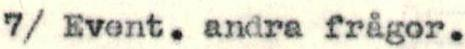
7/ Event. andra frågor.